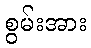
စွမ်းအား